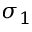
\sigma _ { 1 }